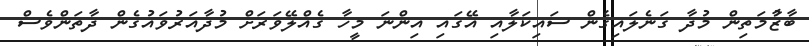
ބާޒާުމަތިން މުދާ ގަނެލައިގެން ސައިކަލާއި އޭގައި އިންނަ މީހާ ގެއްލޭވަރަށް މުދާއަރުވައުގެން ދާތަންވެސް